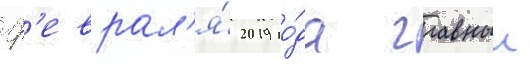
ф'еврал'я́ 2019 го́да главныи